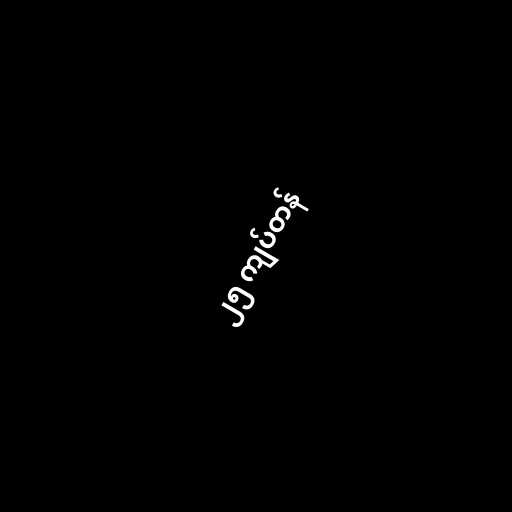
၂၅ ကျပ်တန်